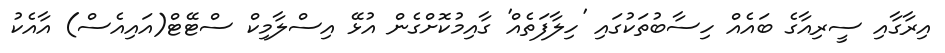
އިރާގާއި ސީރިއާގެ ބައެއް ހިސާބުތަކުގައި 'ހިލާފަތެއް' ގާއިމުކޮށްގެން އުޅޭ އިސްލާމިކް ސްޓޭޓް(އައިއެސް) އާއެކު